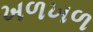
ખળખળ